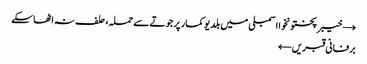
→ خیبرپختونخوا اسمبلی میں بلدیو کمار پر جوتے سے حملہ، حلف نہ اٹھاسکے
برفانی قبریں ←